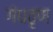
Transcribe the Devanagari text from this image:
गंधतृण